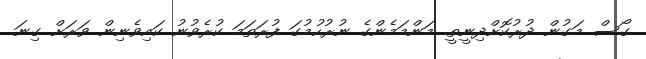
ގޯސް މަގުން ދުރުކޮށްދިނީތީ. މަންމަމެންގެ ނުރުހުމުގަ ފުރަތަމަ ކުރެވުނު ކައިވެނިން ވަރަށް ގިނަ